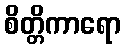
စိတ္တိကာရော